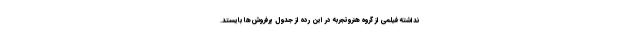
نداشته فیلمی از گروه هنروتجربه در این رده از جدول پرفروش‌ها بایستد.